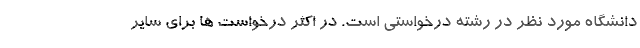
دانشگاه مورد نظر در رشته درخواستی است. در اکثر درخواست ها برای سایر